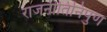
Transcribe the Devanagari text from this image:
राजनीतिनिपुण